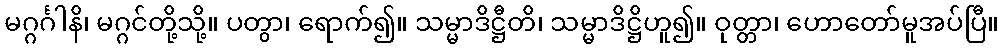
မဂ္ဂင်္ဂါနိ၊ မဂ္ဂင်တို့သို့။ ပတွာ၊ ရောက်၍။ သမ္မာဒိဋ္ဌီတိ၊ သမ္မာဒိဋ္ဌိဟူ၍။ ဝုတ္တာ၊ ဟောတော်မူအပ်ပြီ။